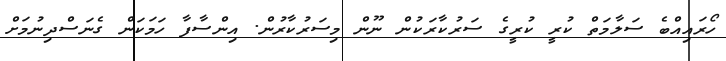
ހޯރައިއްބެ ސަލާމަތް ކުރީ ކުރީގެ ސަރުކާރަކުން ނޫން މިސަރުކާރުން. އިންސާފާ ހަމަކަން ގެނަސްދިނުމަށް